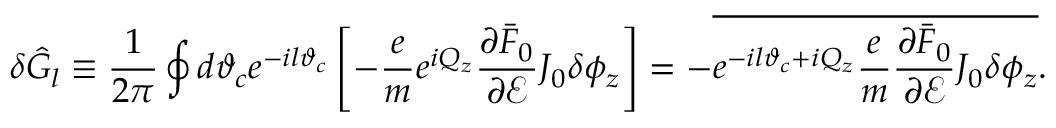
\delta \hat { G } _ { l } \equiv \frac { 1 } { 2 \pi } \oint d \vartheta _ { c } e ^ { - i l \vartheta _ { c } } \left[ - \frac { e } { m } e ^ { i Q _ { z } } \frac { \partial \bar { F } _ { 0 } } { \partial \mathcal { E } } J _ { 0 } \delta \phi _ { z } \right] = - \overline { { e ^ { - i l \vartheta _ { c } + i Q _ { z } } \frac { e } { m } \frac { \partial \bar { F } _ { 0 } } { \partial \mathcal { E } } J _ { 0 } \delta \phi _ { z } } } .